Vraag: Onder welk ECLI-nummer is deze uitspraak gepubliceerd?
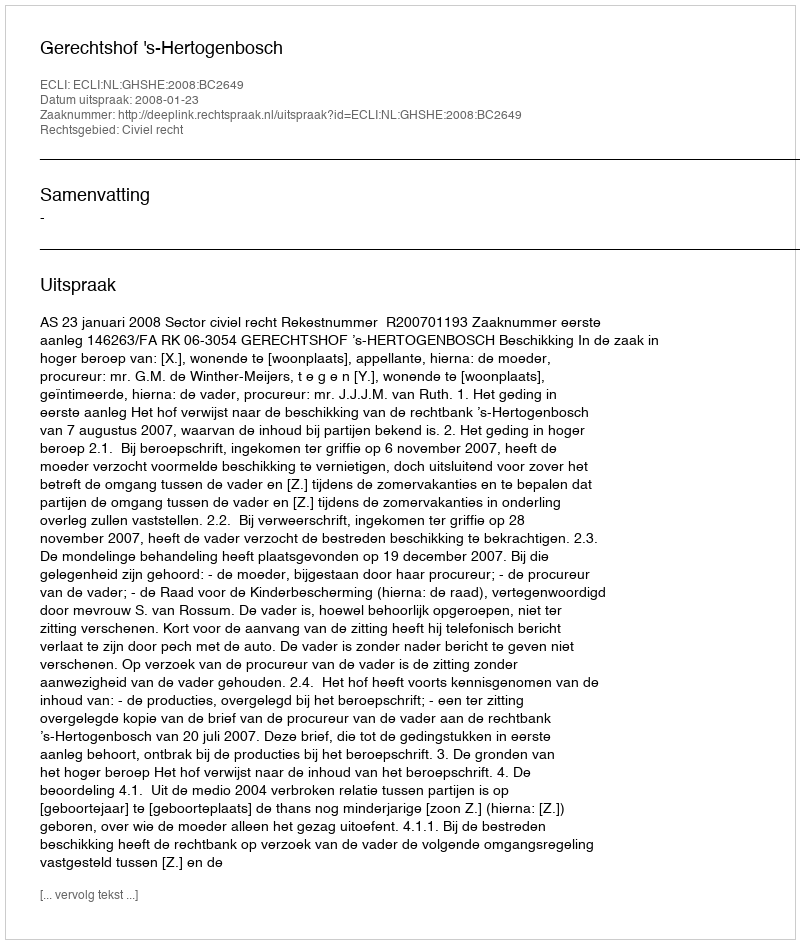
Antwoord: ECLI:NL:GHSHE:2008:BC2649